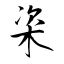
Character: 栥